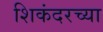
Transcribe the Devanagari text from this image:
शिकंदरच्या